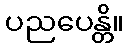
ပညပေန္တိ။